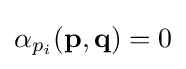
\alpha _{p_{i}}(\mathbf {p} ,\mathbf {q} )=0